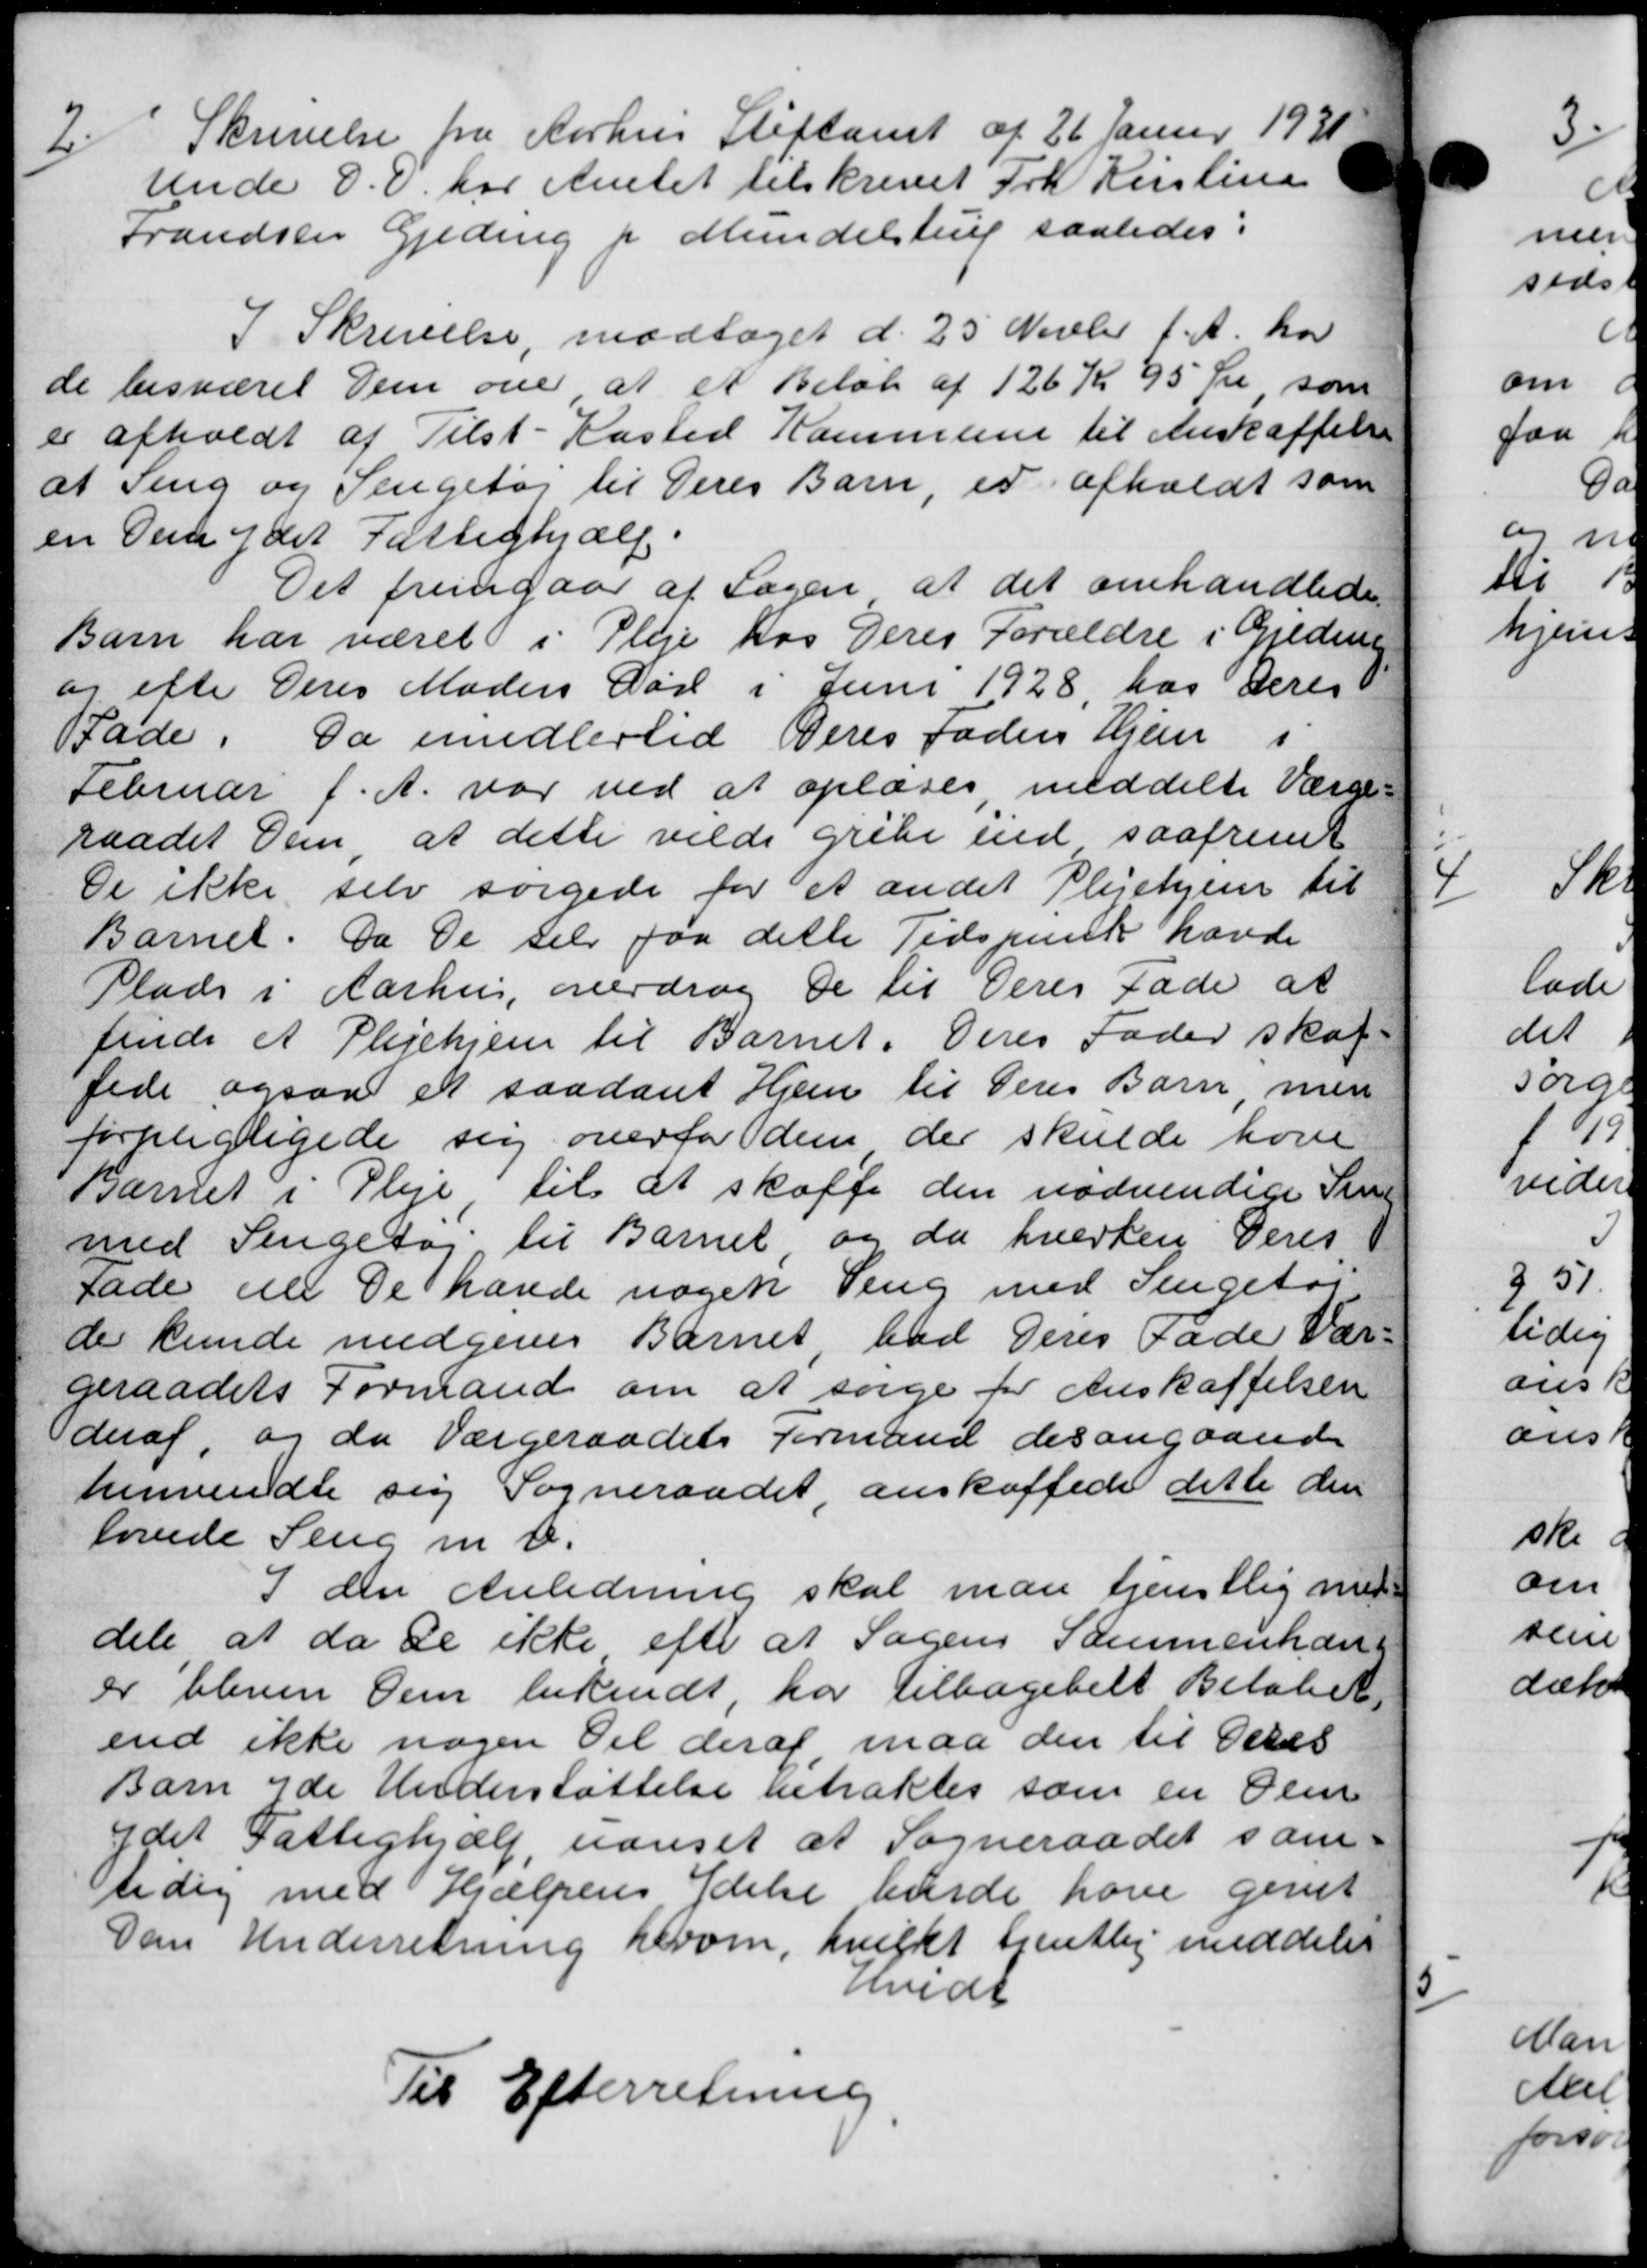
Transskription:
2
Skrivelse fra Aarhus Stiftamt af 26 Januar 1931
unde D. D. har Amtet tilskrevet Frk Kirstine
trandste Geding f Mundelstrup saaledes:
I Skrivelse, modtaget d. 25 Novbr d. A. har
de besværet Dem over at et Beløb af 126 Kr 95 Kr som
er afholdt af Tilst-Kasted Kommune til Anskaffelse
at Seng og Pengetøj til Deres Barn, er afholdt som
en den ydet Fattighjælp.
Det fremgaar at Sagen at det omhandlede
Barn har været i Pleje hos Deres Forældre i Gjedning
og efte Deres Moders Dør i Juni 1928, hos Deres
Fade. Da imidlertid Deres Faders Hjem i
Februar f. A. var ved at oplæses meddelte Værge-
raadet Dem at dette vilde gribe end saafremt
De ikke selv sørgede for et andet Plejehjem til
Barnet. Da De selv paa dette Tidspunk havde
Plads i Aarhus, overdrog de til Deres Fade at
finde et Plejehjem til Barnet. Deres Fader skal
fede ogsaa et saadant Hjem til Deres Barn men
forpligtigede sig overfor dem der skulde hove
Barnet i Pleje til at skaffe den nødvendige Si
med Sengetøj til Barnet og da hverken Deres
Fade elle De havde nogen Veng med Sengetøj
de kunde medgives Barnet, bad Deres fader Vær
geraadets Formand om at sørge for Anskaffelsen
deraf og da Værgeraadets Formand der angaaende
henvendte sig Sogneraadet, anskaffede dette den
lovede Seng m. v.
I den Anledning skal man tjenstlig n
dele at da de ikke efter at Sagens Sammenhæn
er bleven Dem bekendt, har tilbagebelt Beløbet
end ikke nogen Del deraf, maa den til Oles
Barn yde Understøttelse entraktes som en Ole
ydet Fattighjælp, uanset at Sogneraadet som
tidig med Hjælpens Ydelse burde have givet
Dan Underretning herom, hvilkt Gjentlig meddeler
dvedt
Til Efterretning